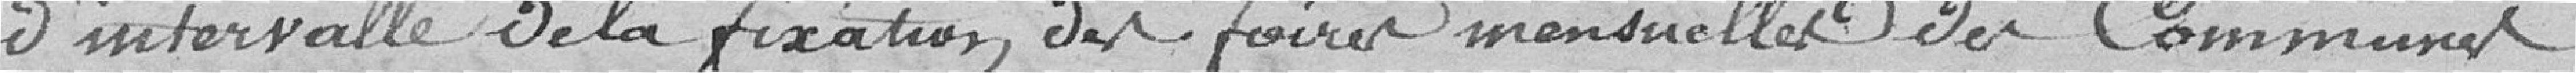
d'intervalle de la fixation des foires mensuelles des communes